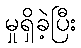
မှုရှိခဲ့ပြီး